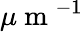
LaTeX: \mu\mathrm{~m~}^{-1}